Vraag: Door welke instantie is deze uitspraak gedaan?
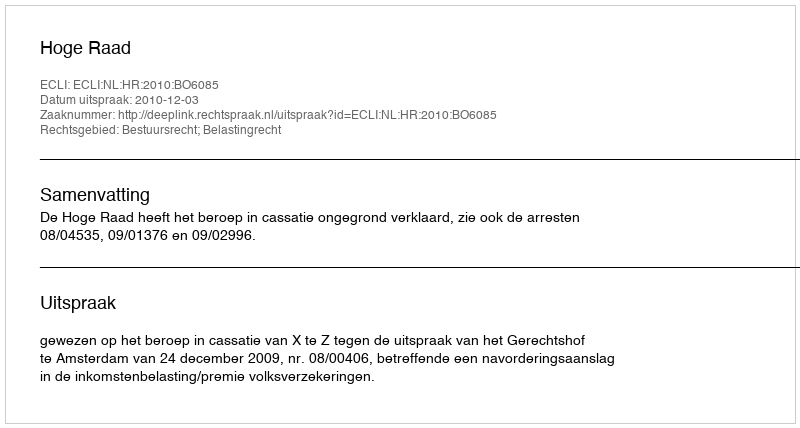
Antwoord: Hoge Raad